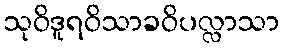
သုဝိဒူရဝိသာခဝိပလ္လာသာ